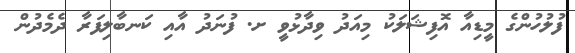
ފުލުހުންގެ މީޑިއާ އޮފިޝަލަކު މިއަދު ވިދާޅުވީ ށ. ފުނަދު އާއި ކަނބާލިފަރާ ދެމެދުން